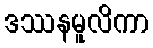
ဒဿနမူလိကာ